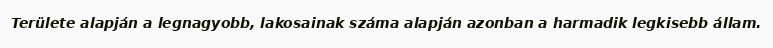
Területe alapján a legnagyobb, lakosainak száma alapján azonban a harmadik legkisebb állam.